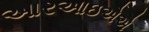
આરઆઇએએ